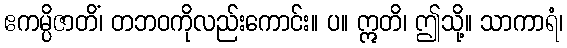
ဧကမ္ပိဇာတိံ၊ တဘဝကိုလည်းကောင်း။ ပ။ ဣတိ၊ ဤသို့။ သာကာရံ၊